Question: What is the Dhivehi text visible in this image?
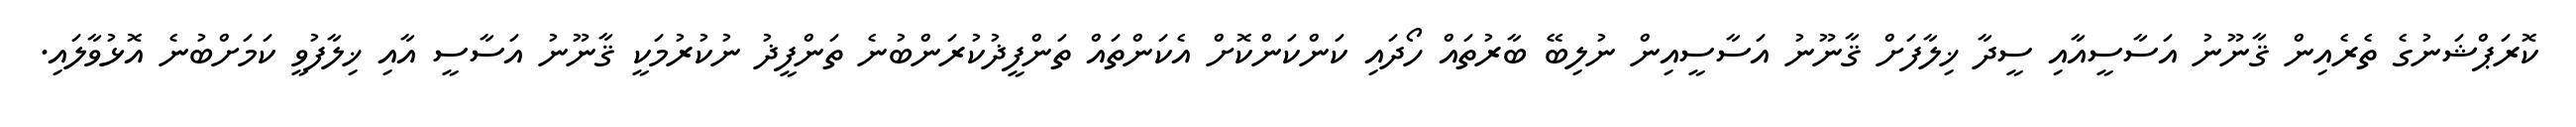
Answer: ކޮރަޕްޝަނުގެ ތެރެއިން ޤާނޫނު އަސާސީއާއި ސީދާ ޚިލާފަށް ޤާނޫނު އަސާސީއިން ނުލިބޭ ބާރުތައް ހޯދައި ކަންކަންކޮށް އެކަންތައް ތަންފީޛުކުރަންބުނެ ތަންފީޛު ނުކުރުމަކީ ޤާނޫނު އަސާސީ އާއި ޚިލާފުވީ ކަމަށްބުނެ އޮޅުވާލައި.